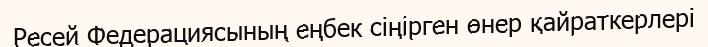
Ресей Федерациясының еңбек сіңірген өнер қайраткерлері